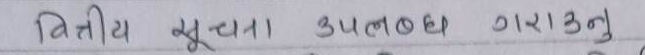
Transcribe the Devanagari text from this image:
वित्तीय सूचता उपलब्ध गराउनु